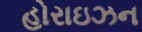
હોરાઇઝન